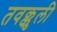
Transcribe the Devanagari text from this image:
तवक्कुली